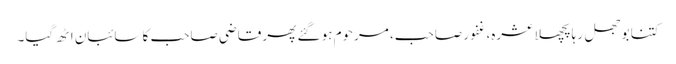
کتنا بوجھل رہا پچھلا عشرہ، غفور صاحب، مرحوم ہو گئے پھر قاضی صاحب کا سائبان اٹھ گیا۔